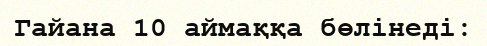
Гайана 10 аймаққа бөлінеді: